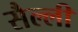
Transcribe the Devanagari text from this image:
सैल्ली